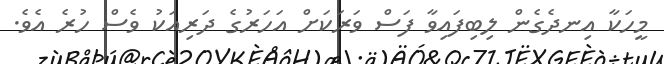
މީހަކާ އިނދެގެން ލިބިފައިވާ ފަސް ވަރަކަށް އަހަރުގެ ދަރިއަކު ވެސް ހުރެ އެވެ.